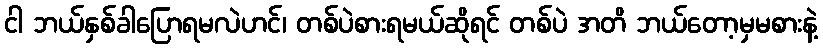
ငါ ဘယ်နှစ်ခါပြောရမလဲဟင်၊ တစ်ပဲစားရမယ်ဆိုရင် တစ်ပဲ အတိ ဘယ်တော့မှမစားနဲ့